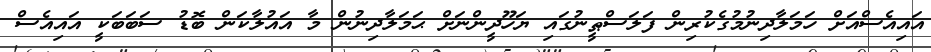
އައިއެސްއަށް ހަމަލާދިނުމުގެކުރިން ފަލަސްޠީނުގައި ޔަހޫދީންނަށް ޙަމަލާދިނުން މާ އައުލާކަން ބޮޑު ސަބަބަކީ އައިއެސް